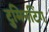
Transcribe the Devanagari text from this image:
टुमिनटिंग